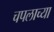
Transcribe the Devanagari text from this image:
चपलाच्या